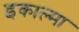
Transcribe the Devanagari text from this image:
इकाल्मा